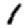
Digit: 1